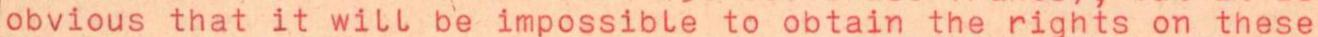
obvious that it will be impossible to obtain the rights on these